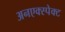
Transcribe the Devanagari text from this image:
अनएक्स्पेक्ट